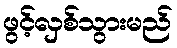
ဖွင့်လှစ်သွားမည်